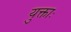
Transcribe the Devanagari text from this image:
युक्ताः